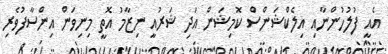
އެއީ ފުލުހުންނާއި އިލެކްޝަންސް ކޮމިޝަން އަދި ޝަރުއީ ނިޒާމު އޮތީ މިނިވަން އިންސާފުވެރި